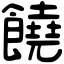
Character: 饒